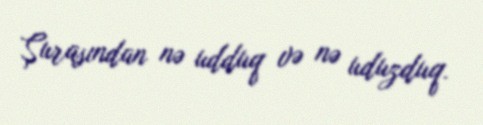
Şurasından nə udduq və nə uduzduq.